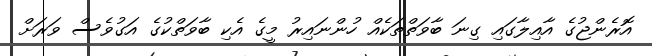
އޮރެންޖުގެ އާއިލާގައި ގިނަ ބާވަތްތަކެއް ހުންނައިރު މީގެ އެކި ބާވަތްކުގެ އަގުވެސް ވަރަށް